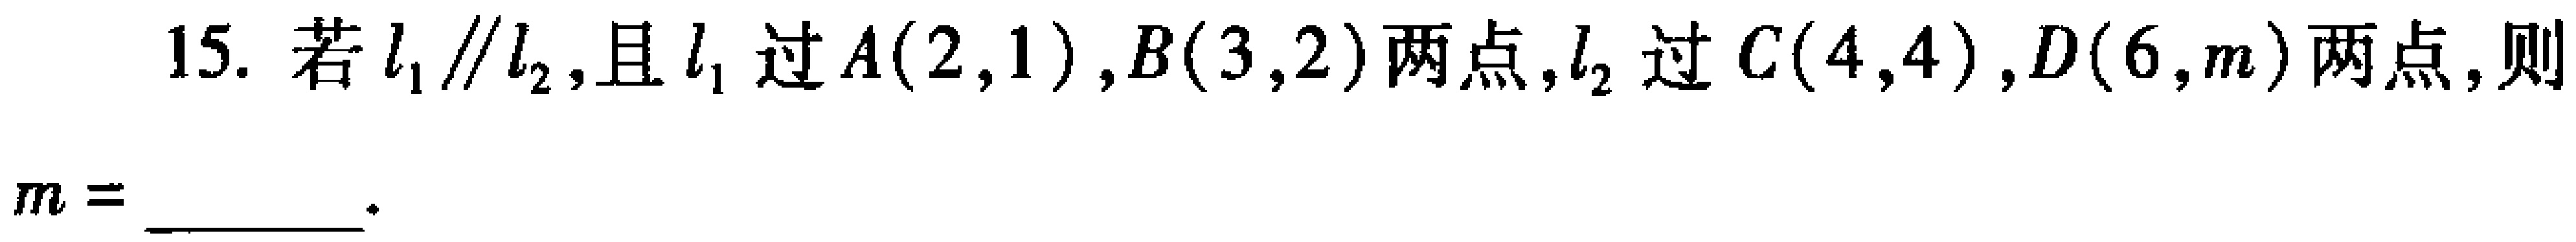
15. 若\(l_{1}\parallel l_{2}\)，且\(l_{1}\)过\(A(2,1)\)，\(B(3,2)\)两点，\(l_{2}\)过\(C(4,4)\)，\(D(6,m)\)两点，则
\(m = \underline{\quad\quad}\)。